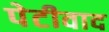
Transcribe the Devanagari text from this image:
पेटीवाद